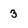
Character: 3